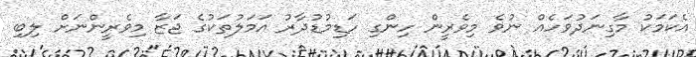
އެކަމަކު މާގިނަދުވަހެއް ނުވެ މިވެރީން ހިންގި ހަޑިމުޑުދާރު އަމަލުތަކުގެ ޖަޒާ މިވެރީންނަށް ލިބި